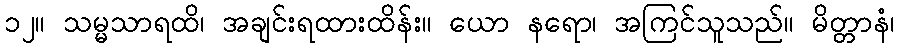
၁၂။ သမ္မသာရထိ၊ အချင်းရထားထိန်း။ ယော နရော၊ အကြင်သူသည်။ မိတ္တာနံ၊